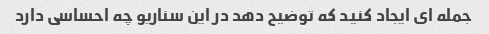
جمله ای ایجاد کنید که توضیح دهد در این سناریو چه احساسی دارد